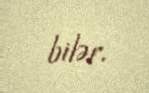
bilər.